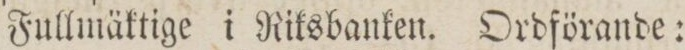
Fullmäktige i Riksbanken. Ordförande: